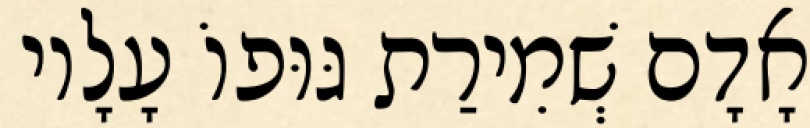
אָדָם שְׁמִירַת גּוּפוֹ עָלָיו